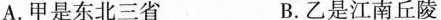
A. 甲是东北三省 B. 乙是江南丘陵